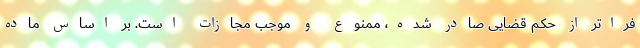
فراتر از حکم قضایی صادر شده، ممنوع و موجب مجازات است. بر اساس ماده